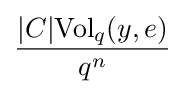
{\frac {|C|{\text{Vol}}_{q}(y,e)}{q^{n}}}